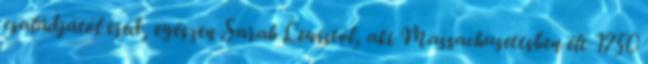
családjától ered, egészen Sarah Lewistól, aki Massachusettsben élt 1750